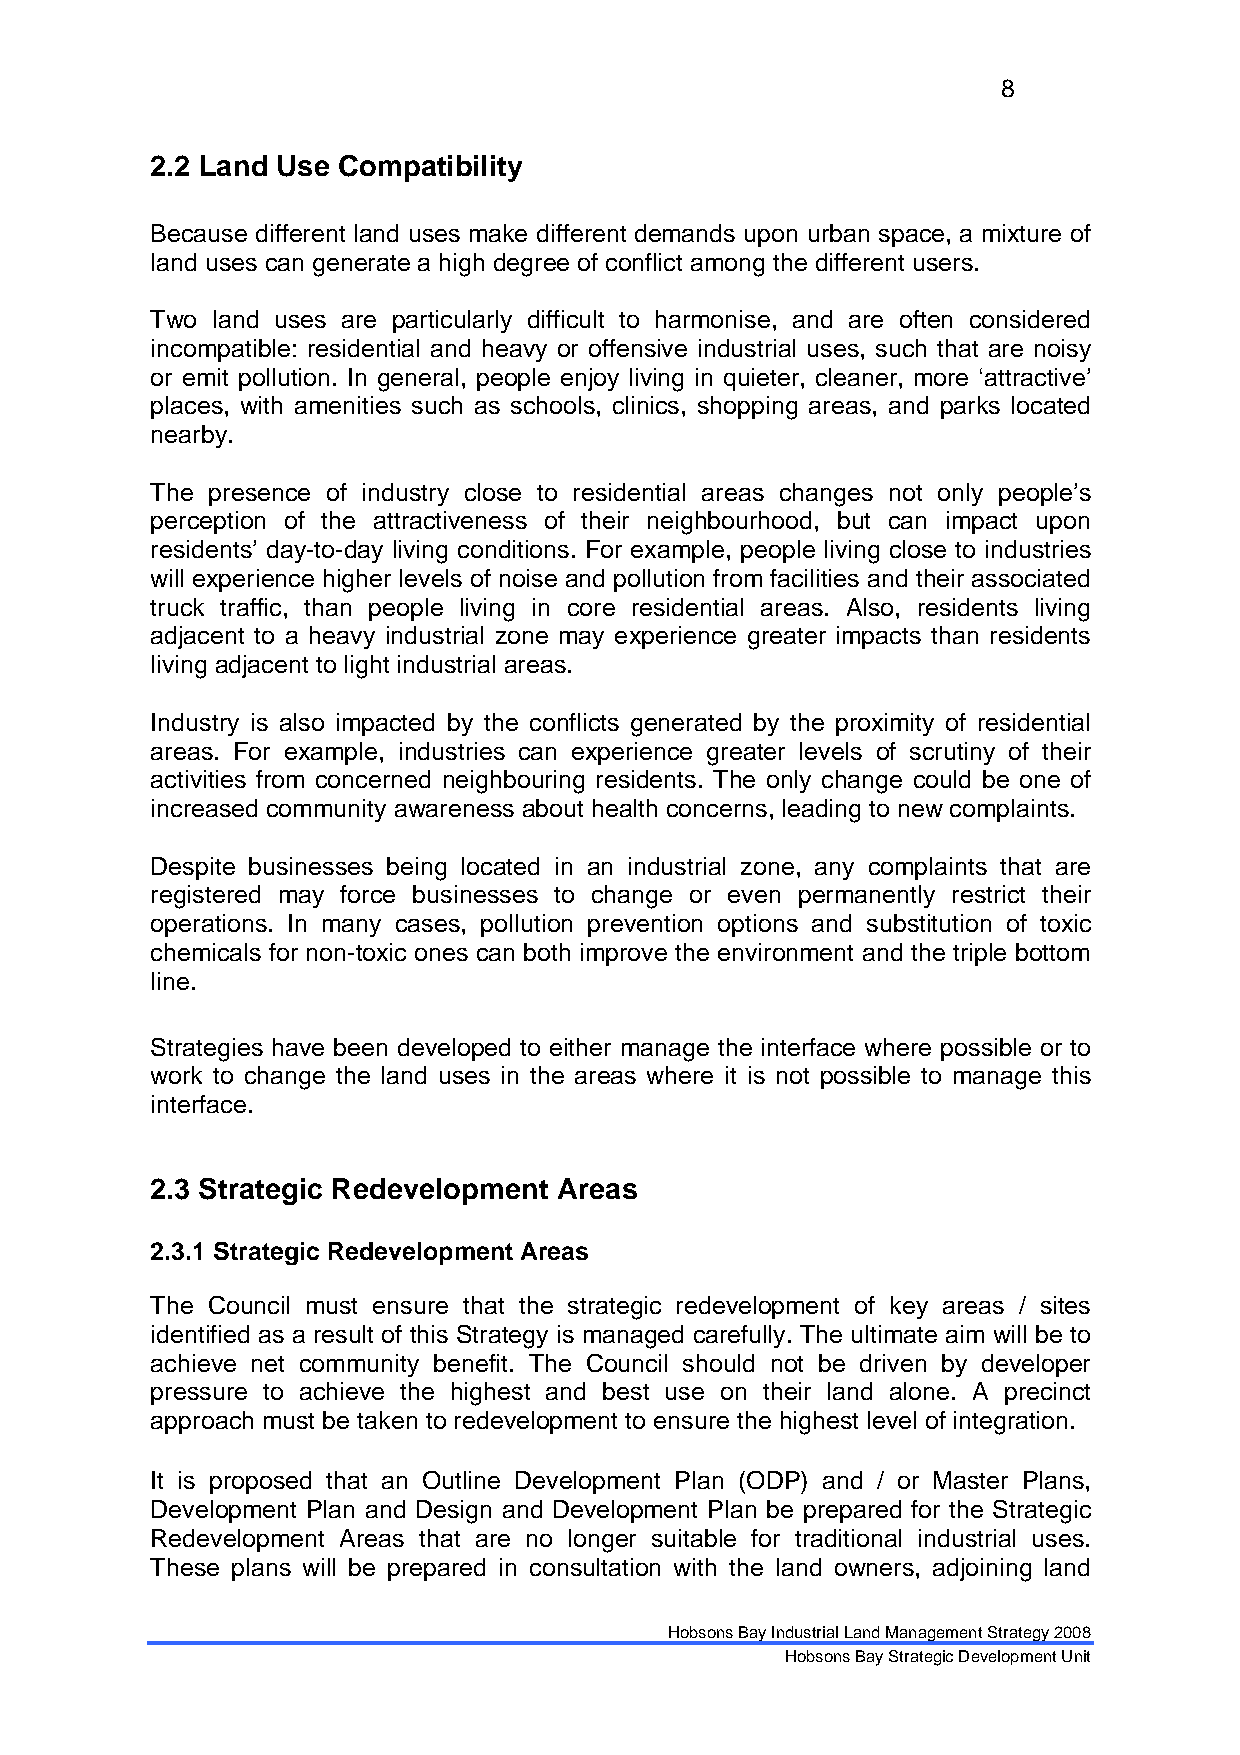
8
 2.2 Land Use Compatibility
 Because different land uses make different demands upon urban space, a mixture of
 land uses can generate a high degree of conflict among the different users.
 Two land uses are particularly difficult to harmonise, and are often considered
 incompatible: residential and heavy or offensive industrial uses, such that are noisy
 or emit pollution. In general, people enjoy living in quieter, cleaner, more ‘attractive’
 places, with amenities such as schools, clinics, shopping areas, and parks located
 nearby.
 The presence of industry close to residential areas changes not only people’s
 perception of the attractiveness of their neighbourhood, but can impact upon
 residents’ day-to-day living conditions. For example, people living close to industries
 will experience higher levels of noise and pollution from facilities and their associated
 truck traffic, than people living in core residential areas. Also, residents living
 adjacent to a heavy industrial zone may experience greater impacts than residents
 living adjacent to light industrial areas.
 Industry is also impacted by the conflicts generated by the proximity of residential
 areas. For example, industries can experience greater levels of scrutiny of their
 activities from concerned neighbouring residents. The only change could be one of
 increased community awareness about health concerns, leading to new complaints.
 Despite businesses being located in an industrial zone, any complaints that are
 registered may force businesses to change or even permanently restrict their
 operations. In many cases, pollution prevention options and substitution of toxic
 chemicals for non-toxic ones can both improve the environment and the triple bottom
 line.
 Strategies have been developed to either manage the interface where possible or to
 work to change the land uses in the areas where it is not possible to manage this
 interface.
 2.3 Strategic Redevelopment Areas
 2.3.1 Strategic Redevelopment Areas
 The Council must ensure that the strategic redevelopment of key areas / sites
 identified as a result of this Strategy is managed carefully. The ultimate aim will be to
 achieve net community benefit. The Council should not be driven by developer
 pressure to achieve the highest and best use on their land alone. A precinct
 approach must be taken to redevelopment to ensure the highest level of integration.
 It is proposed that an Outline Development Plan (ODP) and / or Master Plans,
 Development Plan and Design and Development Plan be prepared for the Strategic
 Redevelopment Areas that are no longer suitable for traditional industrial uses.
 These plans will be prepared in consultation with the land owners, adjoining land
 Hobsons Bay Industrial Land Management Strategy 2008
 Hobsons Bay Strategic Development Unit